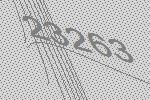
23263